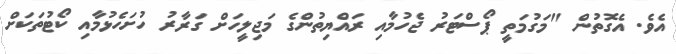
އެވެ. އެގޮތުން "މަގުމަތީ ޕޯސްޓަރު ޖެހުމާއި ރައްޔިތުންގެ މަޖިލީހަށް ގަރާރު ހުށަހެޅުމާއި ކޯޓުތަކަށް